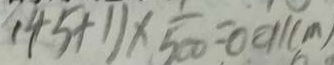
( 4 5 + 1 ) \times \frac { 1 } { 5 0 0 } = 0 0 1 1 ( m )